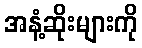
အနံ့ဆိုးများကို